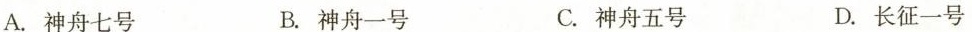
A.神舟七号 B.神舟一号 C.神舟五号 D.长征一号